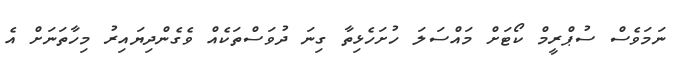
ނަމަވެސް ސުޕްރީމް ކޯޓަށް މައްސަލަ ހުށަހެޅިތާ ގިނަ ދުވަސްތަކެއް ވެގެންދިޔައިރު މިހާތަނަށް އެ